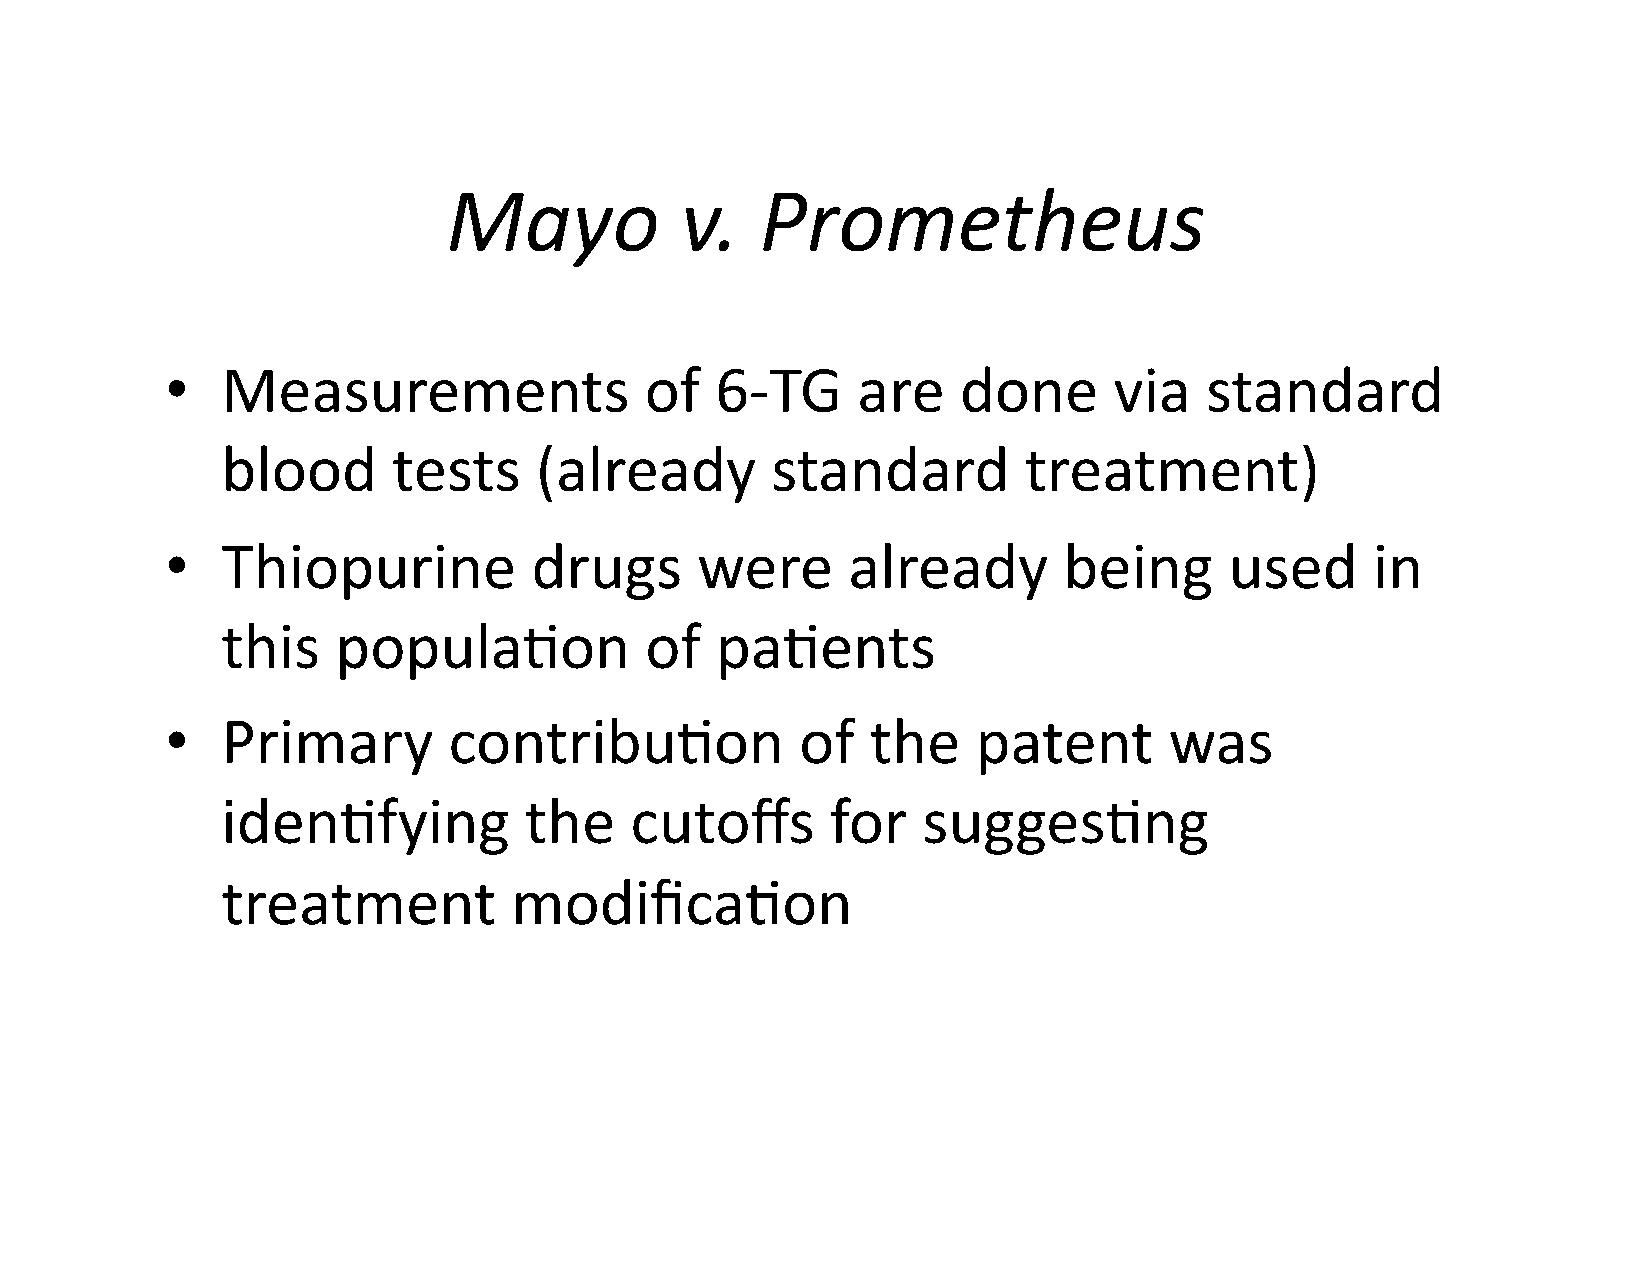
Mayo           v.   Prometheus
 •   Measurements                of  6-­‐TG    are    done      via   standard
 blood      tests    (already        standard         treatment)
 •   Thiopurine          drugs      were      already       being      used      in
 this   popula$on            of  pa$ents
 •   Primary        contribu$on            of   the    patent      was
 iden$fying          the    cutoffs      for   sugges$ng
 treatment          modifica$on